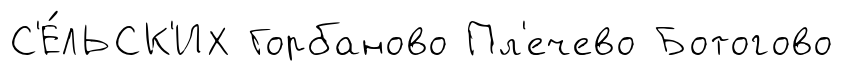
С'Е́ЛЬСК'ИХ Горбаново Пл'ечево Ботогово